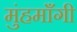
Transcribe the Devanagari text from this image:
मुंहमाँगी